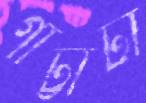
গাট্টাটা